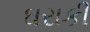
ઘરાકી